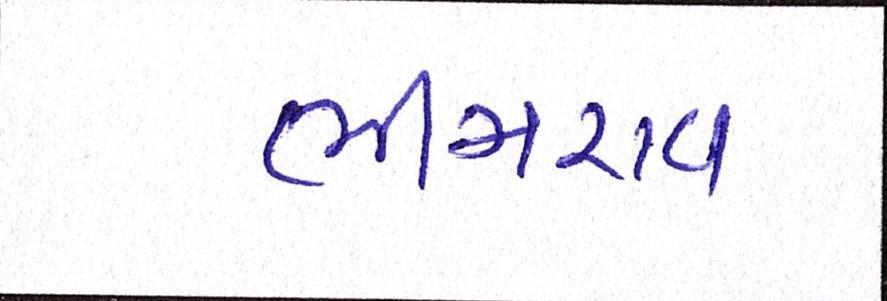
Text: ભીમરાવ